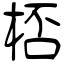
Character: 桮